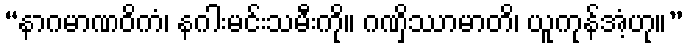
“နာဂမာဏဝိကံ၊ နဂါးမင်းသမီးကို။ ဂဏှိဿာမာတိ၊ ယူကုန်အံ့ဟု။”